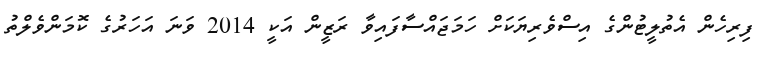
ފިރިހެން އެތުލީޓުންގެ އިސްވެރިޔަކަށް ހަމަޖައްސާފައިވާ ރަޒީން އަކީ 2014 ވަނަ އަހަރުގެ ކޮމަންވެލްތު